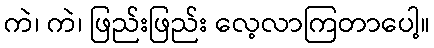
ကဲ၊ ကဲ၊ ဖြည်းဖြည်း လေ့လာကြတာပေါ့။